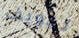
تجويف